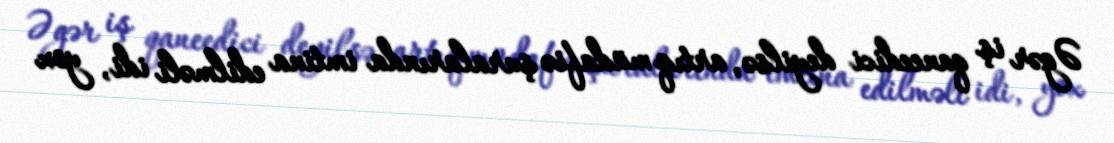
Əgər iş qaneedici deyilsə, artıq müdafiə şuralarında imtina edilməli idi, yox